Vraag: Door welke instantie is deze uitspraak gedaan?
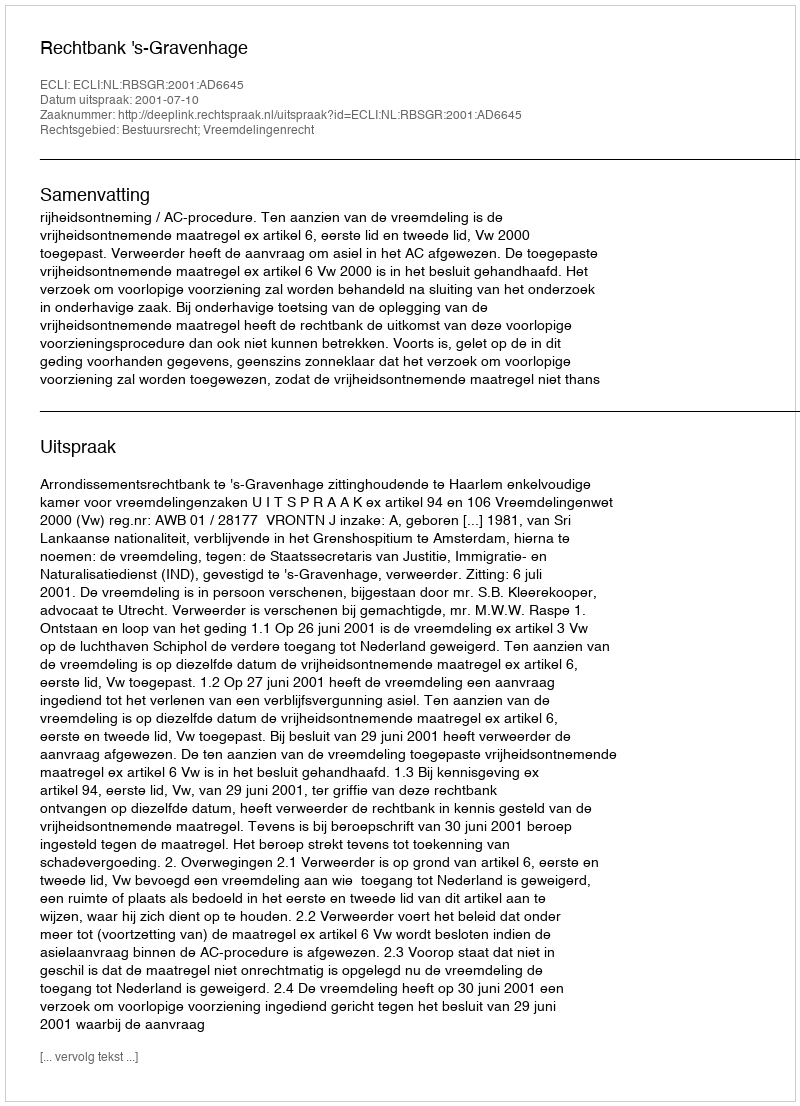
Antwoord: Rechtbank 's-Gravenhage